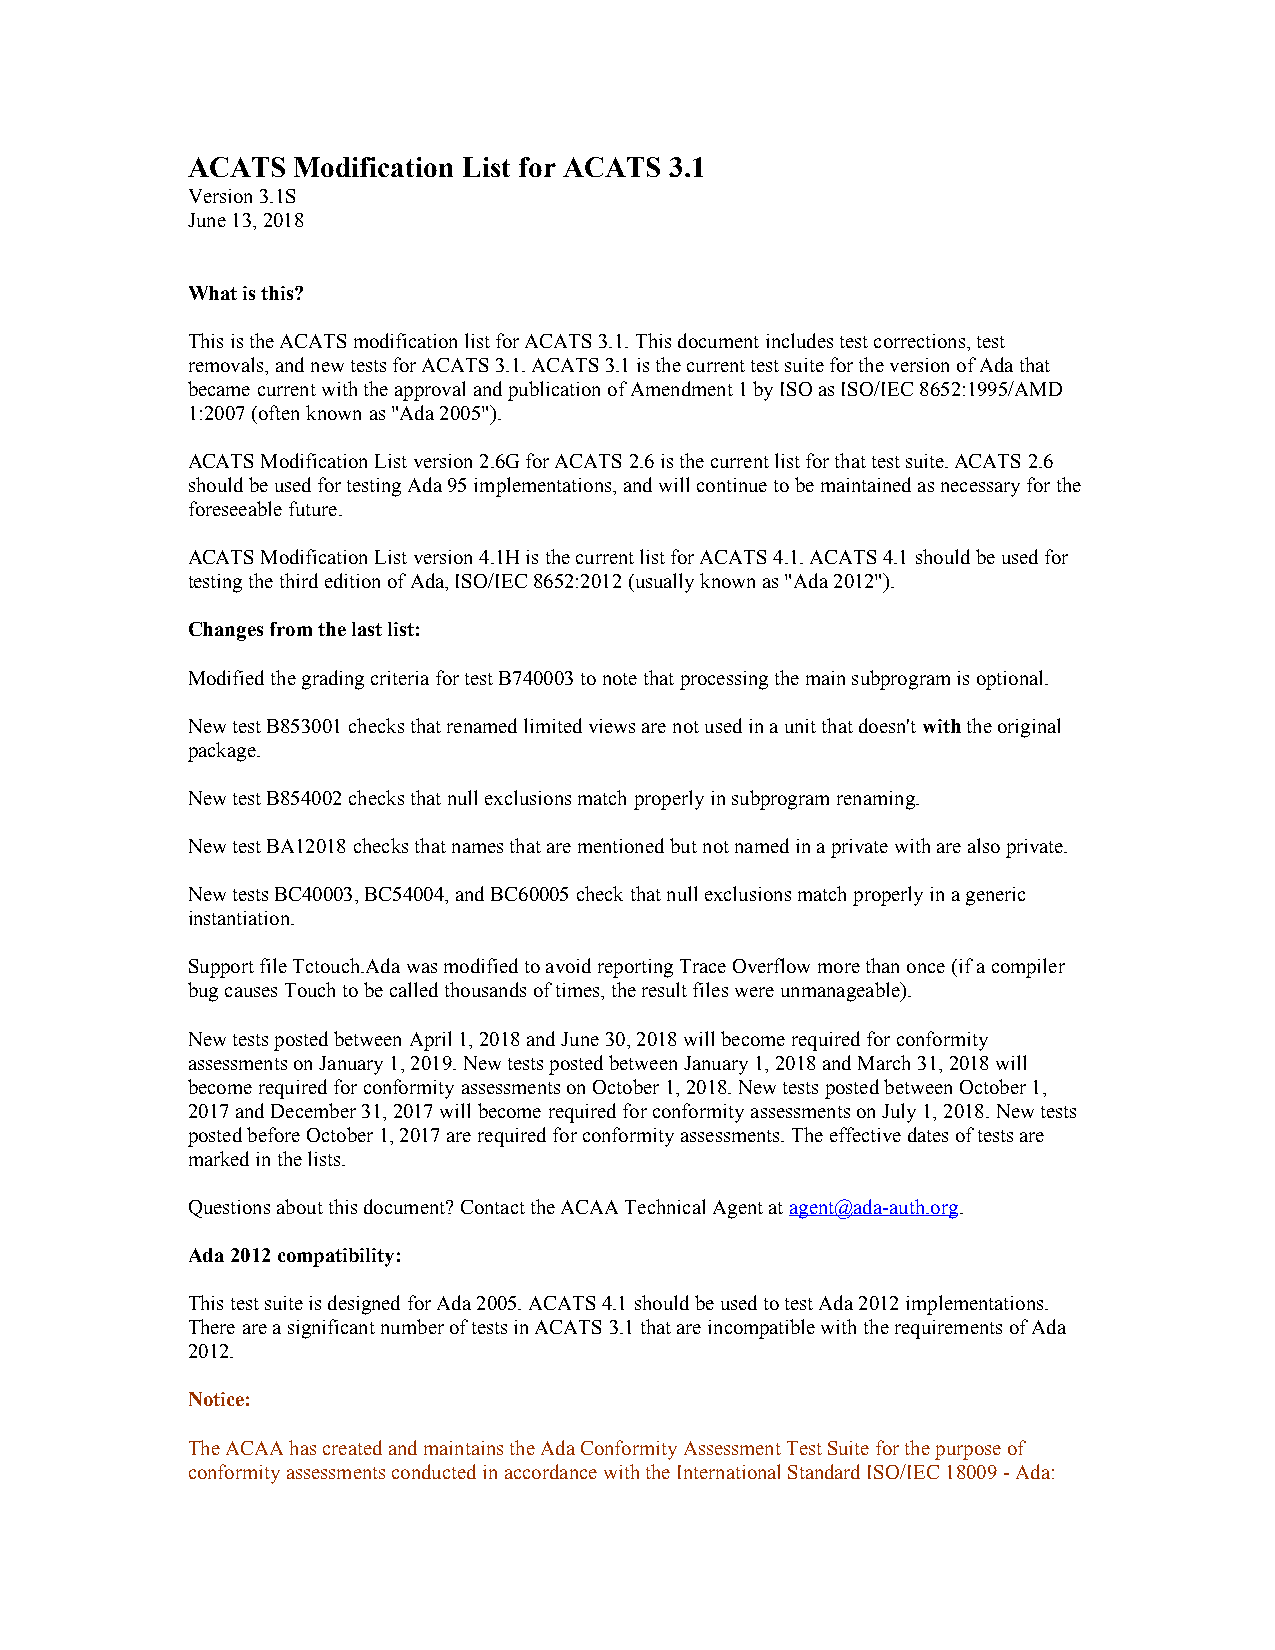
ACATS  Modification List for ACATS 3.1
 Version 3.1S
 June 13, 2018
 What is this?
 This is the ACATS modification list for ACATS 3.1. This document includes test corrections, test
 removals, and new tests for ACATS 3.1. ACATS 3.1 is the current test suite for the version of Ada that
 became current with the approval and publication of Amendment 1 by ISO as ISO/IEC 8652:1995/AMD
 1:2007 (often known as "Ada 2005").
 ACATS Modification List version 2.6G for ACATS 2.6 is the current list for that test suite. ACATS 2.6
 should be used for testing Ada 95 implementations, and will continue to be maintained as necessary for the
 foreseeable future.
 ACATS Modification List version 4.1H is the current list for ACATS 4.1. ACATS 4.1 should be used for
 testing the third edition of Ada, ISO/IEC 8652:2012 (usually known as "Ada 2012").
 Changes from the last list:
 Modified the grading criteria for test B740003 to note that processing the main subprogram is optional.
 New test B853001 checks that renamed limited views are not used in a unit that doesn't with the original
 package.
 New test B854002 checks that null exclusions match properly in subprogram renaming.
 New test BA12018 checks that names that are mentioned but not named in a private with are also private.
 New tests BC40003, BC54004, and BC60005 check that null exclusions match properly in a generic
 instantiation.
 Support file Tctouch.Ada was modified to avoid reporting Trace Overflow more than once (if a compiler
 bug causes Touch to be called thousands of times, the result files were unmanageable).
 New tests posted between April 1, 2018 and June 30, 2018 will become required for conformity
 assessments on January 1, 2019. New tests posted between January 1, 2018 and March 31, 2018 will
 become required for conformity assessments on October 1, 2018. New tests posted between October 1,
 2017 and December 31, 2017 will become required for conformity assessments on July 1, 2018. New tests
 posted before October 1, 2017 are required for conformity assessments. The effective dates of tests are
 marked in the lists.
 Questions about this document? Contact the ACAA Technical Agent at agent@ada-auth.org.
 Ada 2012 compatibility:
 This test suite is designed for Ada 2005. ACATS 4.1 should be used to test Ada 2012 implementations.
 There are a significant number of tests in ACATS 3.1 that are incompatible with the requirements of Ada
 2012.
 Notice:
 The ACAA has created and maintains the Ada Conformity Assessment Test Suite for the purpose of
 conformity assessments conducted in accordance with the International Standard ISO/IEC 18009 - Ada: